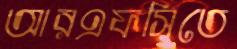
আরএফসিতে